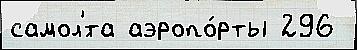
самол'́та аэропо́рты 296